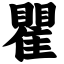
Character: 瞿